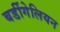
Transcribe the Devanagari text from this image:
बर्डीगेलियन